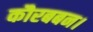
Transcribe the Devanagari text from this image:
कौरबबन।